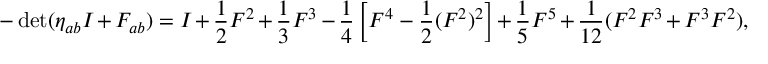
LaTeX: - \operatorname * { d e t } ( \eta _ { a b } I + F _ { a b } ) = I + \frac { 1 } { 2 } F ^ { 2 } + \frac { 1 } { 3 } F ^ { 3 } - \frac { 1 } { 4 } \left[ F ^ { 4 } - \frac { 1 } { 2 } ( F ^ { 2 } ) ^ { 2 } \right] + \frac { 1 } { 5 } F ^ { 5 } + \frac { 1 } { 1 2 } ( F ^ { 2 } F ^ { 3 } + F ^ { 3 } F ^ { 2 } ) ,